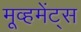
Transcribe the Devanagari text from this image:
मूव्हमेंट्स